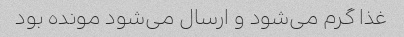
غذا گرم می‌شود و ارسال می‌شود مونده بود